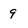
Character: 9